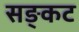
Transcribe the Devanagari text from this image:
सङ्कट